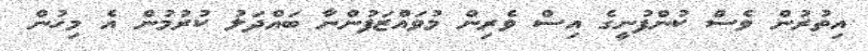
އިތުރުން ވެސް ކުންފުނީގެ އިސް ވެރިން މުވައްޒަފުންނާ ބައްދަލު ކުރުމުން އެ މިހުން